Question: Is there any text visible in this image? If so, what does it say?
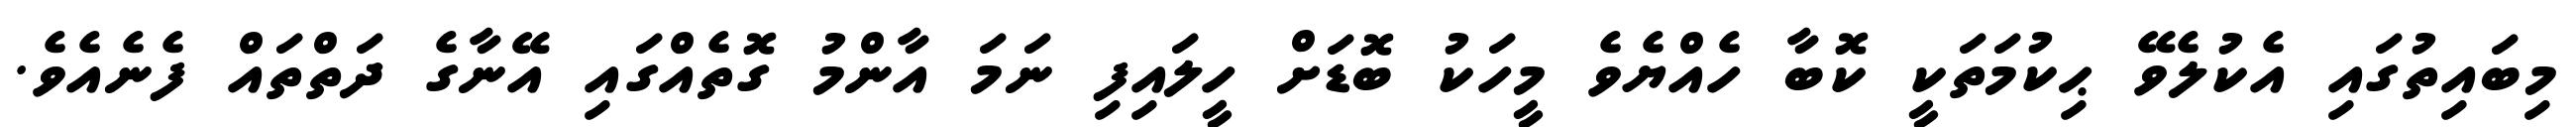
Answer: މިބައިތުގައި އެކުލެވޭ ޙިކުމަތަކީ ކޮބާ ހެއްޔެވެ މީހަކު ބޮޑަށް ހީލައިފި ނަމަ އާންމު ގޮތެއްގައި އޭނާގެ ދަތްތައް ފެނެއެވެ.